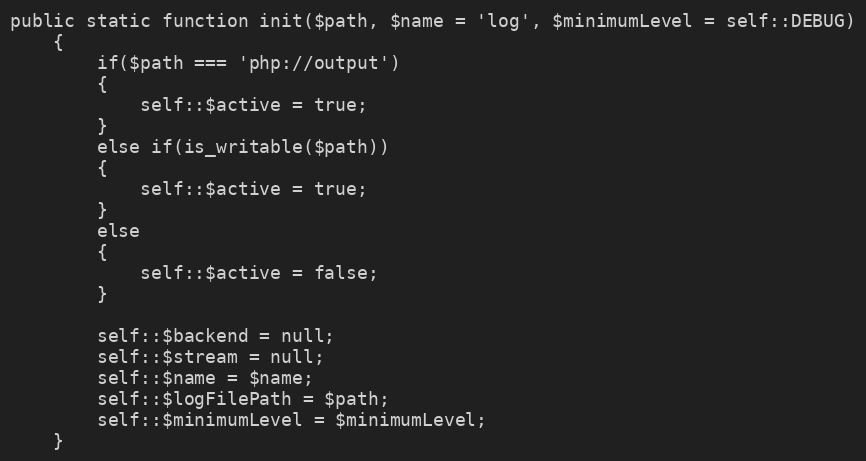
Language: PHP
public static function init($path, $name = 'log', $minimumLevel = self::DEBUG)
    {
        if($path === 'php://output')
        {
            self::$active = true;
        }
        else if(is_writable($path))
        {
            self::$active = true;
        }
        else
        {
            self::$active = false;
        }

        self::$backend = null;
        self::$stream = null;
        self::$name = $name;
        self::$logFilePath = $path;
        self::$minimumLevel = $minimumLevel;
    }